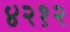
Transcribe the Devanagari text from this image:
४२१२